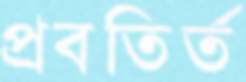
প্রবতির্ত